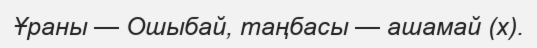
Ұраны — Ошыбай, таңбасы — ашамай (х).